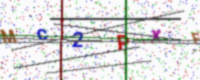
Text: MC2PXF